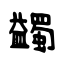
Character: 蠲